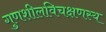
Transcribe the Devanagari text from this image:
गुणशीलविचक्षणस्य